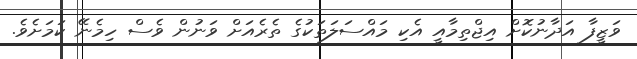
ވަޒީފާ އަދާނުކޮށް އިޖްތިމާއީ އެކި މައްސަލަތަކުގެ ތެރެއަށް ވަނުން ވެސް ހިމެނޭ ކަމަށެވެ.